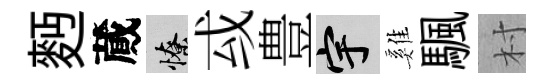
麪蕆憭㦯豊宇雞颿村